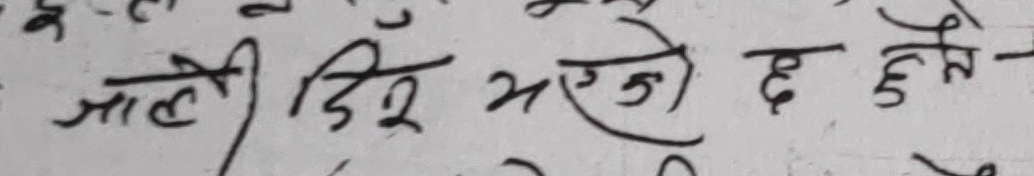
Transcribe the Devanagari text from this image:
जाली दिर भएको छ हुने